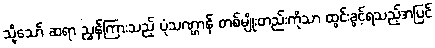
သို့သော် ဆရာ ညွှန်ကြားသည့် ပုံသဏ္ဌာန် တစ်မျိုးတည်းကိုသာ ထွင်းခွင့်ရသည့်အပြင်